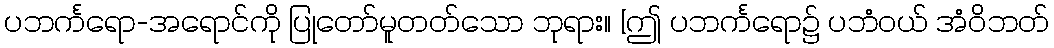
ပဘင်္ကရော-အရောင်ကို ပြုတော်မူတတ်သော ဘုရား။ [ဤ ပဘင်္ကရော၌ ပဘံဝယ် အံဝိဘတ်